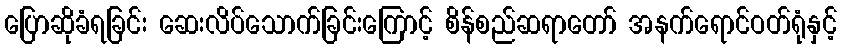
ပြောဆိုခံရခြင်း ဆေးလိပ်သောက်ခြင်းကြောင့် စိန်စည်ဆရာတော် အနက်ရောင်ဝတ်ရုံနှင့်